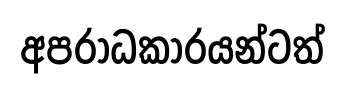
අපරාධකාරයන්ටත්